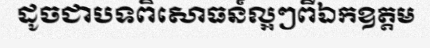
ដូចជាបទពិសោធន៍ល្អៗពីឯកឧត្តម